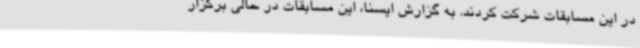
در این مسابقات شرکت کردند. به گزارش ایسنا، این مسابقات در حالی برگزار